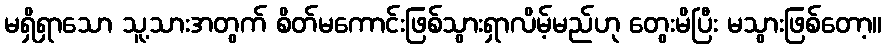
မရှိရှာသော သူ့သားအတွက် စိတ်မကောင်းဖြစ်သွားရှာလိမ့်မည်ဟု တွေးမိပြီး မသွားဖြစ်တော့။